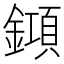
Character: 𨬰